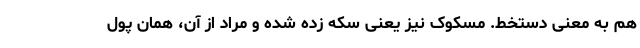
هم به معنی دستخط. مسکوک نیز یعنی سکه زده شده و مراد از آن، همان پولِ